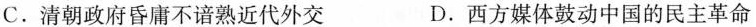
C.清朝政府昏庸不谙熟近代外交 D.西方媒体鼓动中国的民主革命